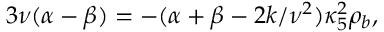
3 \nu ( \alpha - \beta ) = - ( \alpha + \beta - 2 k / \nu ^ { 2 } ) \kappa _ { 5 } ^ { 2 } \rho _ { b } ,